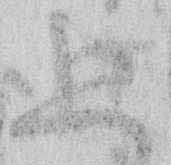
上